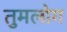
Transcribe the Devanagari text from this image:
तुमलोग